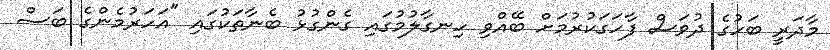
މާދަރީ ބަހުގެ ދުވަސް ފާހަގަކުރުމަށް ބޭއްވި ހިނގާލުމުގައި ގެންގުޅު ބެނާތަކުގައި "އަހަރުމެންގެ ބަސް